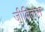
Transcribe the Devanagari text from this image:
जीवितास